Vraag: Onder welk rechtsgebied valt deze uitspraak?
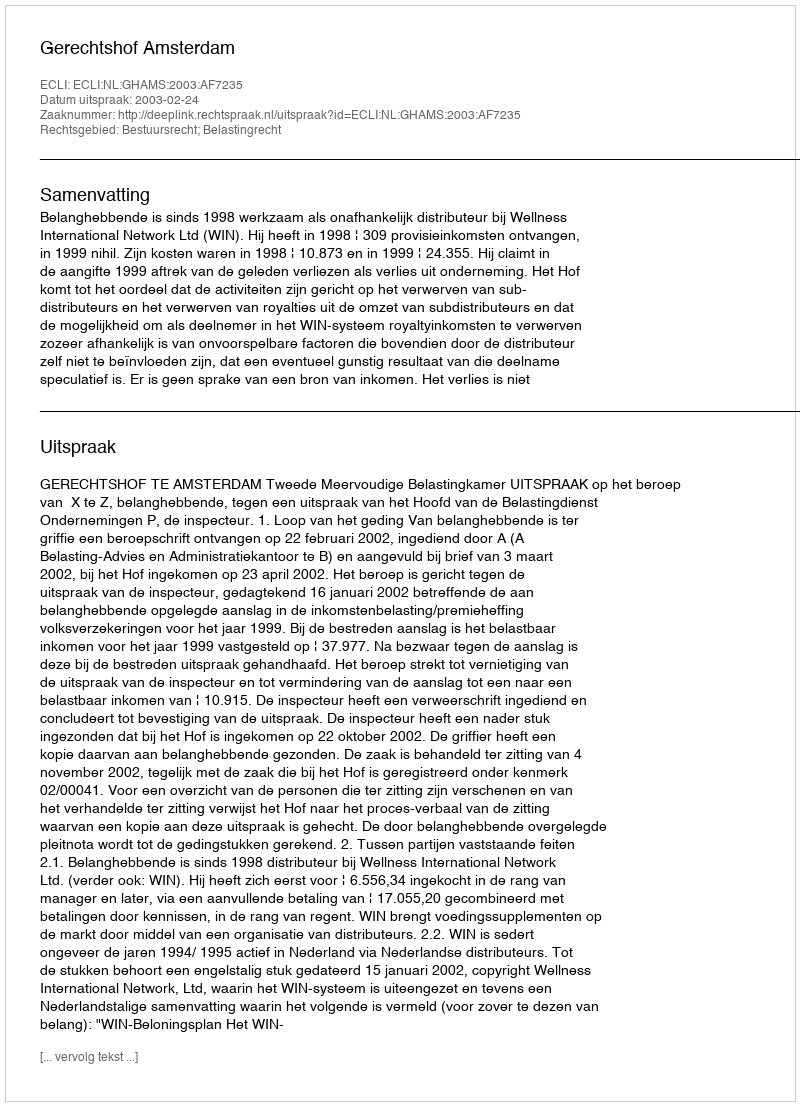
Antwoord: Bestuursrecht; Belastingrecht